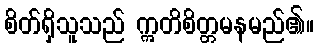
စိတ်ရှိသူသည် ဣတိစိတ္တမနမည်၏။